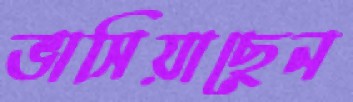
ভাসিয়াছেন